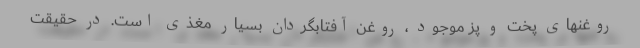
روغنهای پخت و پز موجود ، روغن آفتابگردان بسیار مغذی است. در حقیقت